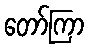
တော်ကြာ